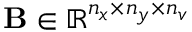
\mathbf { B } \in \mathbb { R } ^ { n _ { x } \times n _ { y } \times n _ { v } }